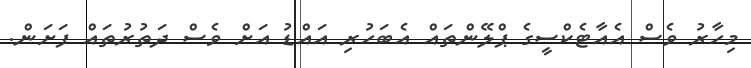
މިހާރު ވެސް އެއާޓެކްސީގެ ޕްލޭންތައް އެބަހުރި އައްޑު އަށް ވެސް ދަތުރުތައް ފަށަން.